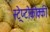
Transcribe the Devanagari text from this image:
स्ट्रेप्टोकोक्की